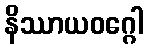
နိဿာယဝဂ္ဂေါ